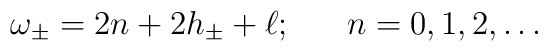
\omega_\pm = 2n + 2h_\pm + \ell;~~~~~ n=0,1,2,\ldots